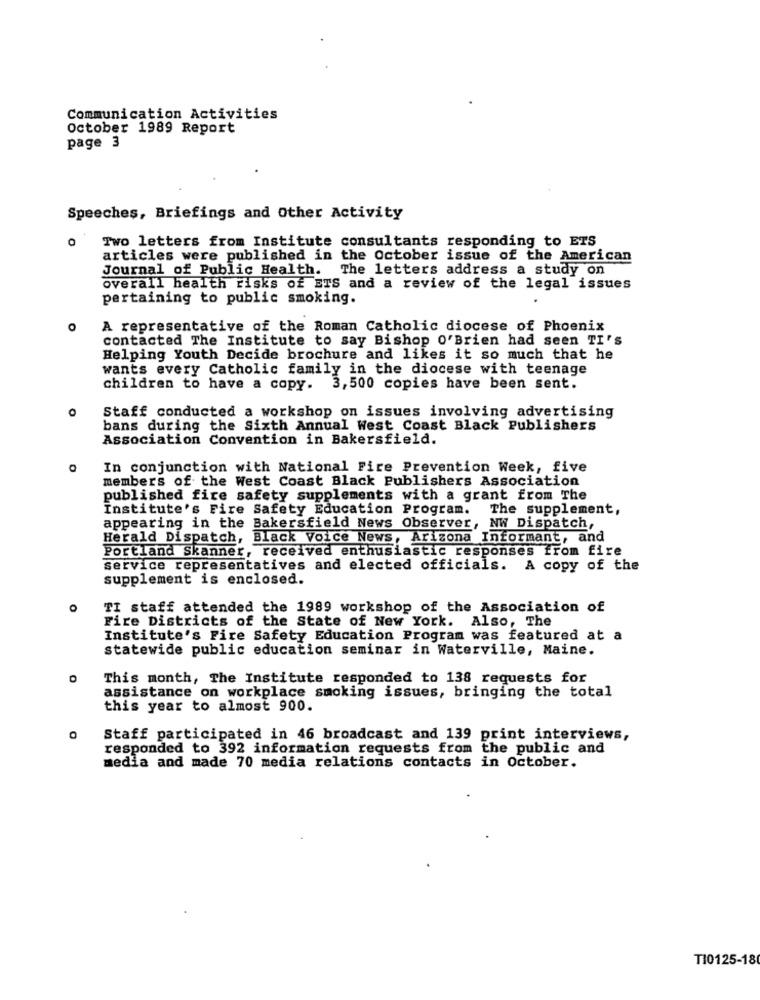
Communication Activities
October 1989 Report
page 3
Speeches, Briefings and Other Activity
Two letters from Institute consultants responding to ETS
articles were published in the October issue of the American
Journal of Public Health. The letters address a study on
overall health risks of ETS and a review of the legal issues
pertaining to public smoking.
A representative of the Roman Catholic diocese of Phoenix
contacted The Institute to say Bishop O'Brien had seen TI's
Helping Youth Decide brochure and likes it so much that he
wants every Catholic family in the diocese with teenage
children to have a copy. 3,500 copies have been sent.
0
Staff conducted a workshop on issues involving advertising
bans during the Sixth Annual West Coast Black Publishers
Association Convention in Bakersfield.
In conjunction with National Fire Prevention Week, five
members of the West Coast Black Publishers Association
published fire safety supplements with a grant from The
Institute's Fire Safety Education Program.
The supplement,
appearing in the Bakersfield News Observer, NW Dispatch,
Herald Dispatch, Black Voice News, Arizona Informant, and
Portland Skanner, received enthusiastic responses from fire
service representatives and elected officials. A copy of the
supplement is enclosed.
TI staff attended the 1989 workshop of the Association of
Fire Districts of the State of New York. Also, The
Institute's Fire Safety Education Program was featured at a
statewide public education seminar in Waterville, Maine.
This month, The Institute responded to 138 requests for
assistance on workplace smoking issues, bringing the total
this year to almost 900.
Staff participated in 46 broadcast and 139 print interviews,
responded to 392 information requests from the public and
media and made 70 media relations contacts in October.
T10125-18